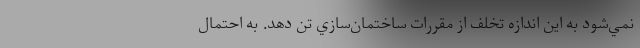
نمي‌شود به اين اندازه تخلف از مقررات ساختمان‌سازي تن دهد. به احتمال